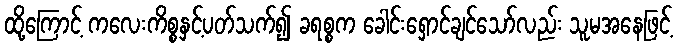
ထို့ကြောင့် ကလေးကိစ္စနှင့်ပတ်သက်၍ ခရစ္စက ခေါင်းရှောင်ချင်သော်လည်း သူမအနေဖြင့်